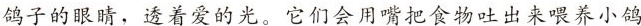
鸽子的眼睛，透着爱的光。它们会用嘴把食物吐出来喂养小鸽